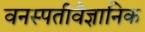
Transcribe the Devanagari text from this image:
वनस्पतीवैज्ञानिक